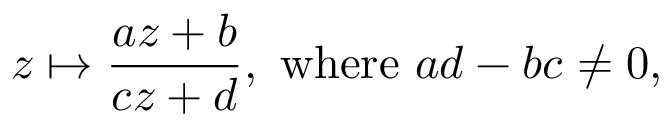
z \mapsto { \frac { a z + b } { c z + d } } , { \mathrm { ~ w h e r e ~ } } a d - b c \neq 0 ,